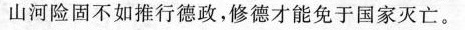
山河险固不如推行德政，修德才能免于国家灭亡。